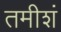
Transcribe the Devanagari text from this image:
तमीशं